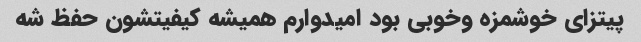
پیتزای خوشمزه وخوبی بود امیدوارم همیشه کیفیتشون حفظ شه